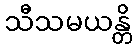
သီသမယန္တိ